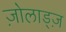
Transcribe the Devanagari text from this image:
ज़ोलाड्ज़